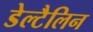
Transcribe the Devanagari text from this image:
डेल्टैलिन